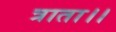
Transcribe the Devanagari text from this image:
त्राता।।